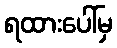
ရထားပေါ်မှ